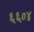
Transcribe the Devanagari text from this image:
६६०४